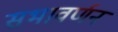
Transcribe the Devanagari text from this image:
सभावर्णन